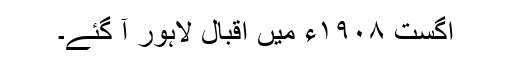
اگست ١٩٠٨ء میں اقبال لاہور آ گئے۔